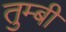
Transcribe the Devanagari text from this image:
तुम्बी